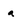
Character: a